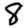
Digit: 8